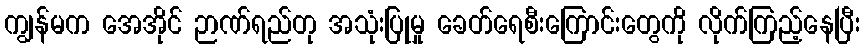
ကျွန်မက အေအိုင် ဉာဏ်ရည်တု အသုံးပြုမှု ခေတ်ရေစီးကြောင်းတွေကို လိုက်ကြည့်နေပြီး